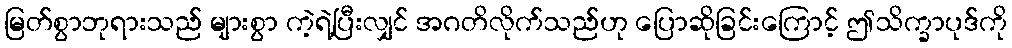
မြတ်စွာဘုရားသည် များစွာ ကဲ့ရဲ့ပြီးလျှင် အဂတိလိုက်သည်ဟု ပြောဆိုခြင်းကြောင့် ဤသိက္ခာပုဒ်ကို